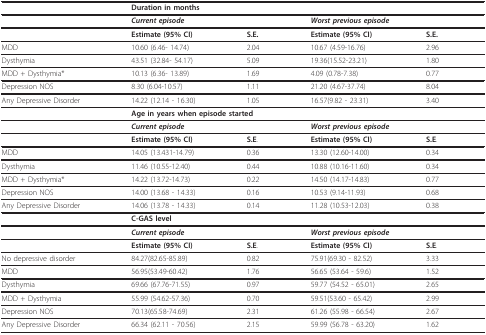
<table><thead><tr><td></td><td colspan="4"><b>Duration in months</b></td></tr></thead><tbody><tr><td></td><td colspan="2"><b><i>Current episode</i></b></td><td colspan="2"><b><i>Worst previous episode</i></b></td></tr><tr><td></td><td><b>Estimate (95% CI)</b></td><td><b>S.E</b>.</td><td><b>Estimate (95% CI)</b></td><td><b>S.E</b>.</td></tr><tr><td>MDD</td><td>10.60 (6.46- 14.74)</td><td>2.04</td><td>10.67 (4.59-16.76)</td><td>2.96</td></tr><tr><td>Dysthymia</td><td>43.51 (32.84- 54.17)</td><td>5.09</td><td>19.36(15.52-23.21)</td><td>1.80</td></tr><tr><td>MDD + Dysthymia*</td><td>10.13 (6.36- 13.89)</td><td>1.69</td><td>4.09 (0.78-7.38)</td><td>0.77</td></tr><tr><td>Depression NOS</td><td>8.30 (6.04-10.57)</td><td>1.11</td><td>21.20 (4.67-37.74)</td><td>8.04</td></tr><tr><td>Any Depressive Disorder</td><td>14.22 (12.14 - 16.30)</td><td>1.05</td><td>16.57(9.82 - 23.31)</td><td>3.40</td></tr><tr><td></td><td colspan="4"><b>Age in years when episode started</b></td></tr><tr><td></td><td colspan="2"><b><i>Current episode</i></b></td><td colspan="2"><b><i>Worst previous episode</i></b></td></tr><tr><td></td><td><b>Estimate (95% CI)</b></td><td><b>S.E</b>.</td><td><b>Estimate (95% CI)</b></td><td><b>S.E</b>.</td></tr><tr><td>MDD</td><td>14.05 (13.431-14.79)</td><td>0.36</td><td>13.30 (12.60-14.00)</td><td>0.34</td></tr><tr><td>Dysthymia</td><td>11.46 (10.55-12.40)</td><td>0.44</td><td>10.88 (10.16-11.60)</td><td>0.34</td></tr><tr><td>MDD + Dysthymia*</td><td>14.22 (13.72-14.73)</td><td>0.22</td><td>14.50 (14.17-14.83)</td><td>0.77</td></tr><tr><td>Depression NOS</td><td>14.00 (13.68 - 14.33)</td><td>0.16</td><td>10.53 (9.14-11.93)</td><td>0.68</td></tr><tr><td>Any Depressive Disorder</td><td>14.06 (13.78 - 14.33)</td><td>0.14</td><td>11.28 (10.53-12.03)</td><td>0.38</td></tr><tr><td></td><td colspan="4"><b>C-GAS level</b></td></tr><tr><td></td><td colspan="2"><b><i>Current episode</i></b></td><td colspan="2"><b><i>Worst previous episode</i></b></td></tr><tr><td></td><td><b>Estimate (95% CI)</b></td><td><b>S.E</b>.</td><td><b>Estimate (95% CI)</b></td><td><b>S.E</b>.</td></tr><tr><td>No depressive disorder</td><td>84.27(82.65-85.89)</td><td>0.82</td><td>75.91(69.30 - 82.52)</td><td>3.33</td></tr><tr><td>MDD</td><td>56.95(53.49-60.42)</td><td>1.76</td><td>56.65 (53.64 - 59.6)</td><td>1.52</td></tr><tr><td>Dysthymia</td><td>69.66 (67.76-71.55)</td><td>0.97</td><td>59.77 (54.52 - 65.01)</td><td>2.65</td></tr><tr><td>MDD + Dysthymia</td><td>55.99 (54.62-57.36)</td><td>0.70</td><td>59.51(53.60 - 65.42)</td><td>2.99</td></tr><tr><td>Depression NOS</td><td>70.13(65.58-74.69)</td><td>2.31</td><td>61.26 (55.98 - 66.54)</td><td>2.67</td></tr><tr><td>Any Depressive Disorder</td><td>66.34 (62.11 - 70.56)</td><td>2.15</td><td>59.99 (56.78 - 63.20)</td><td>1.62</td></tr></tbody></table>